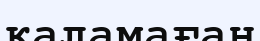
қаламаған